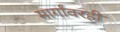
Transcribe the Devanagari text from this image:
मार्गांवरही